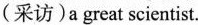
(采访)agreat scientist。